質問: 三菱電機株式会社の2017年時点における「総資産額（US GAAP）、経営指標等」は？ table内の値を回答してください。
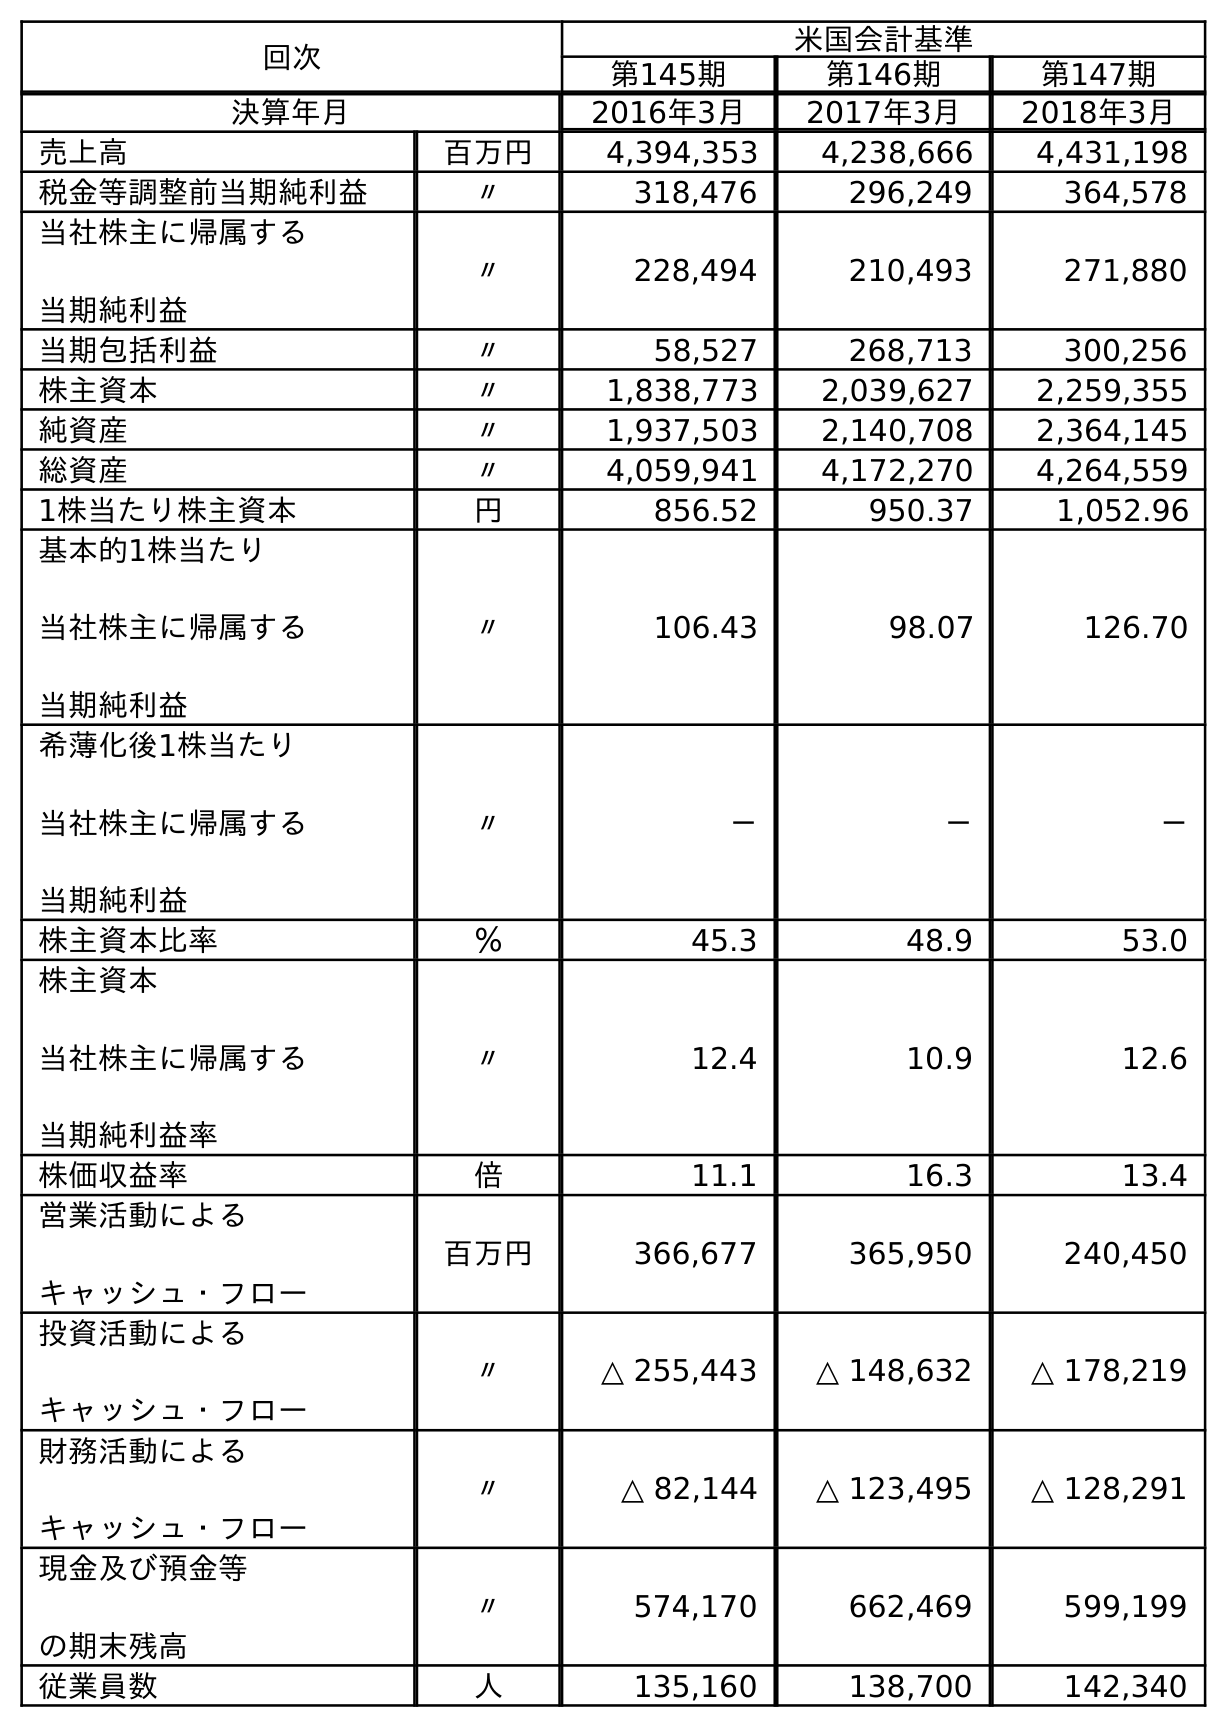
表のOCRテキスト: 回次 米国会計基準 第145期 第146期 第147期 決算年月 2016年3月 2017年3月 2018年3月 売上高 百万円 4,394,353 4,238,666 4,431,198 税金等調整前当期純利益 〃 318,476 296,249 364,578 当社株主に帰属する 当期純利益 〃 228,494 210,493 271,880 当期包括利益 〃 58,527 268,713 300,256 株主資本 〃 1,838,773 2,039,627 2,259,355 純資産 〃 1,937,503 2,140,708 2,364,145 総資産 〃 4,059,941 4,172,270 4,264,559 1株当たり株主資本 円 856.52 950.37 1,052.96 基本的1株当たり 当社株主に帰属する 当期純利益 〃 106.43 98.07 126.70 希薄化後1株当たり 当社株主に帰属する 当期純利益 〃 － － － 株主資本比率 ％ 45.3 48.9 53.0 株主資本 当社株主に帰属する 当期純利益率 〃 12.4 10.9 12.6 株価収益率 倍 11.1 16.3 13.4 営業活動による キャッシュ・フロー 百万円 366,677 365,950 240,450 投資活動による キャッシュ・フロー 〃 △ 255,443 △ 148,632 △ 178,219 財務活動による キャッシュ・フロー 〃 △ 82,144 △ 123,495 △ 128,291 現金及び預金等 の期末残高 〃 574,170 662,469 599,199 従業員数 人 135,160 138,700 142,340
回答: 4,172,270